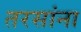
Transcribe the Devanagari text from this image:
तरसांना